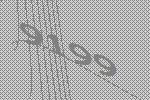
9199